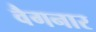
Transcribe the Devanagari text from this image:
वैगनार